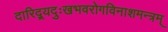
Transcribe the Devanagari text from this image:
दारिद्र्यदुःखभवरोगविनाशमन्त्रम्